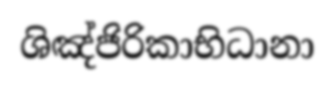
ශිඤ්ජිරිකාභිධානා